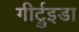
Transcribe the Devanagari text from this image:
गीर्ट्रुइडा